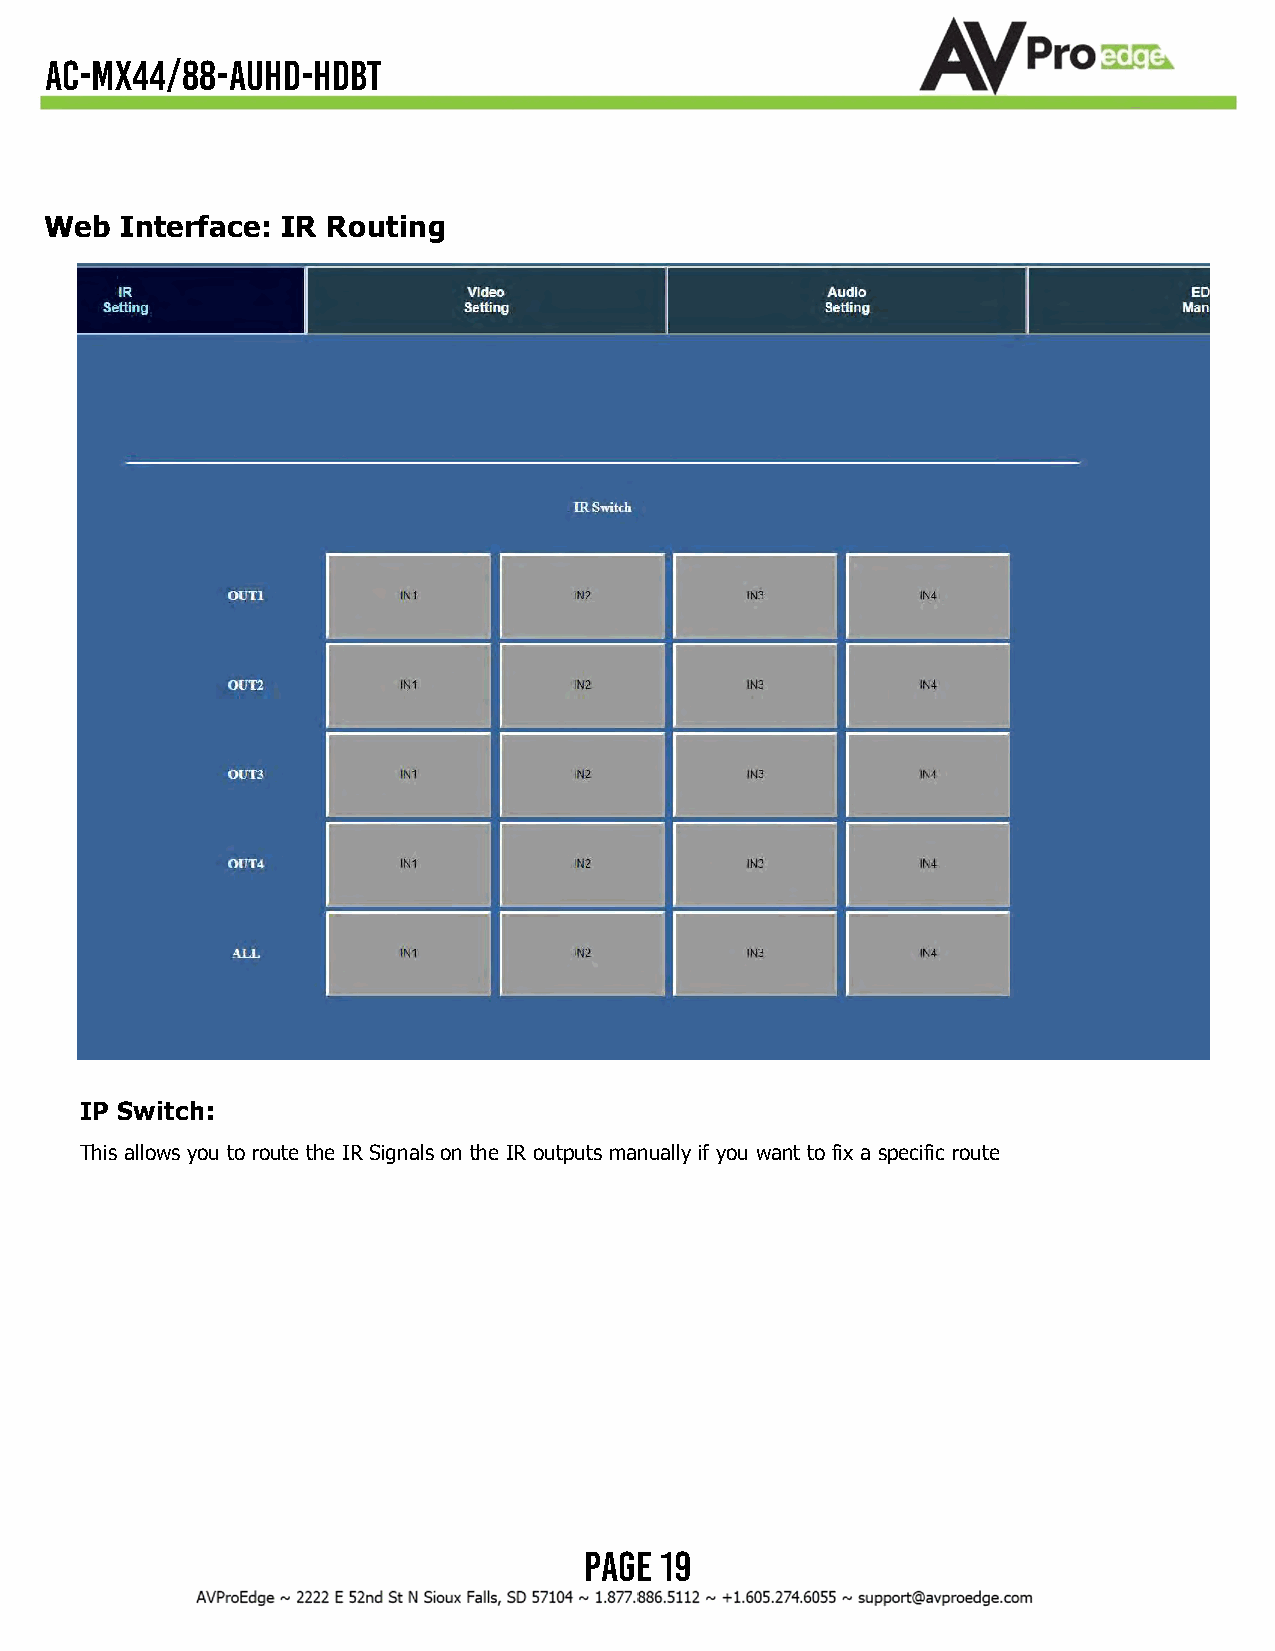
AC-MX44/88-AUHD-HDBT
 Web  Interface: IR Routing
 IP Switch:
 This allows you to route the IR Signals on the IR outputs manually if you want to fix a specific route
 Page 19